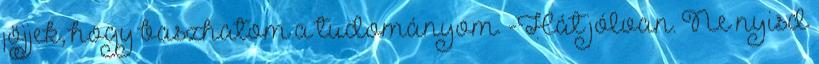
jöjjek, hogy baszhatom a tudományom. -Hát jólvan. Ne nyisd